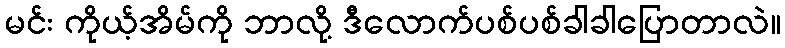
မင်း ကိုယ့်အိမ်ကို ဘာလို့ ဒီလောက်ပစ်ပစ်ခါခါပြောတာလဲ။